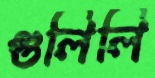
গুলিলি